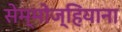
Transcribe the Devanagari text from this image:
सेम्मोज्हियाना